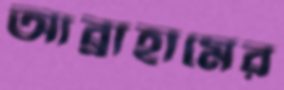
আব্রাহামের